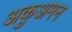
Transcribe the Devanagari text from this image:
अकुअमन